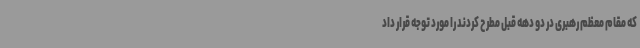
که مقام معظم رهبری در دو دهه قبل مطرح کردند را مورد توجه قرار داد